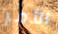
الأمر